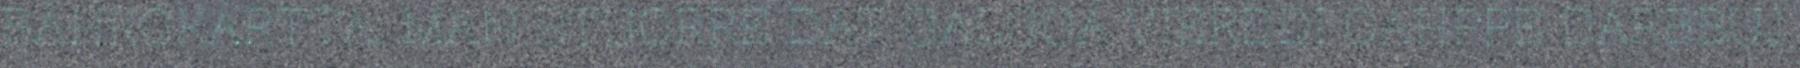
BÁHKOKÁRTTA. MAN STUORRE DAT GALGGÁ VIERDDI OAHPPE DÁRBBUJ